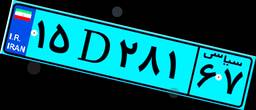
۹۸D۱۶۹۸۸